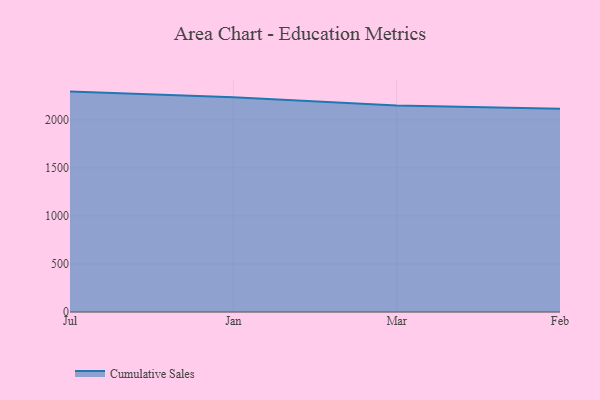
{"axis": {"x": "Month", "y": "Population (Million)"}, "legend": ["Cumulative Sales"], "data": [{"x": "Jul", "y": 2294.8, "type": "Cumulative Sales"}, {"x": "Jan", "y": 2237.2, "type": "Cumulative Sales"}, {"x": "Mar", "y": 2149.9, "type": "Cumulative Sales"}, {"x": "Feb", "y": 2115.0, "type": "Cumulative Sales"}]}